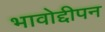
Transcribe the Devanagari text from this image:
भावोद्दीपन